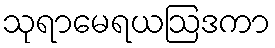
သုရာမေရယဩဒကာ